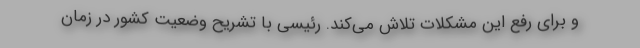
و برای رفع این مشکلات تلاش می‌کند. رئیسی با تشریح وضعیت کشور در زمان